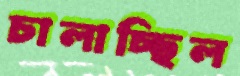
চালাচ্ছিল